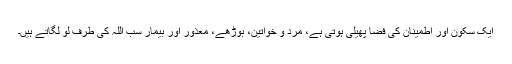
ایک سکون اور اطمینان کی فضا پھیلی ہوتی ہے، مَرد و خواتین، بوڑھے، معذور اور بیمار سب اللہ کی طرف لو لگاتے ہیں۔